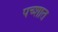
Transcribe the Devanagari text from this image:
पच्शात